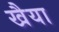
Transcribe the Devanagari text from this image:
खैया